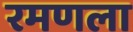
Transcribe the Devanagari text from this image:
रमणला